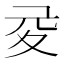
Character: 𡕡